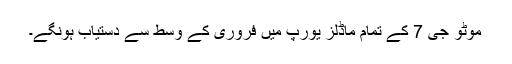
موٹو جی 7 کے تمام ماڈلز یورپ میں فروری کے وسط سے دستیاب ہونگے۔